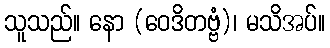
သူသည်။ နော (ဝေဒိတဗ္ဗံ)၊ မသိအပ်။